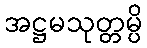
အဋ္ဌမသုတ္တမ္ပိ